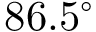
8 6 . 5 ^ { \circ }